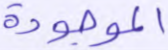
الموجودة